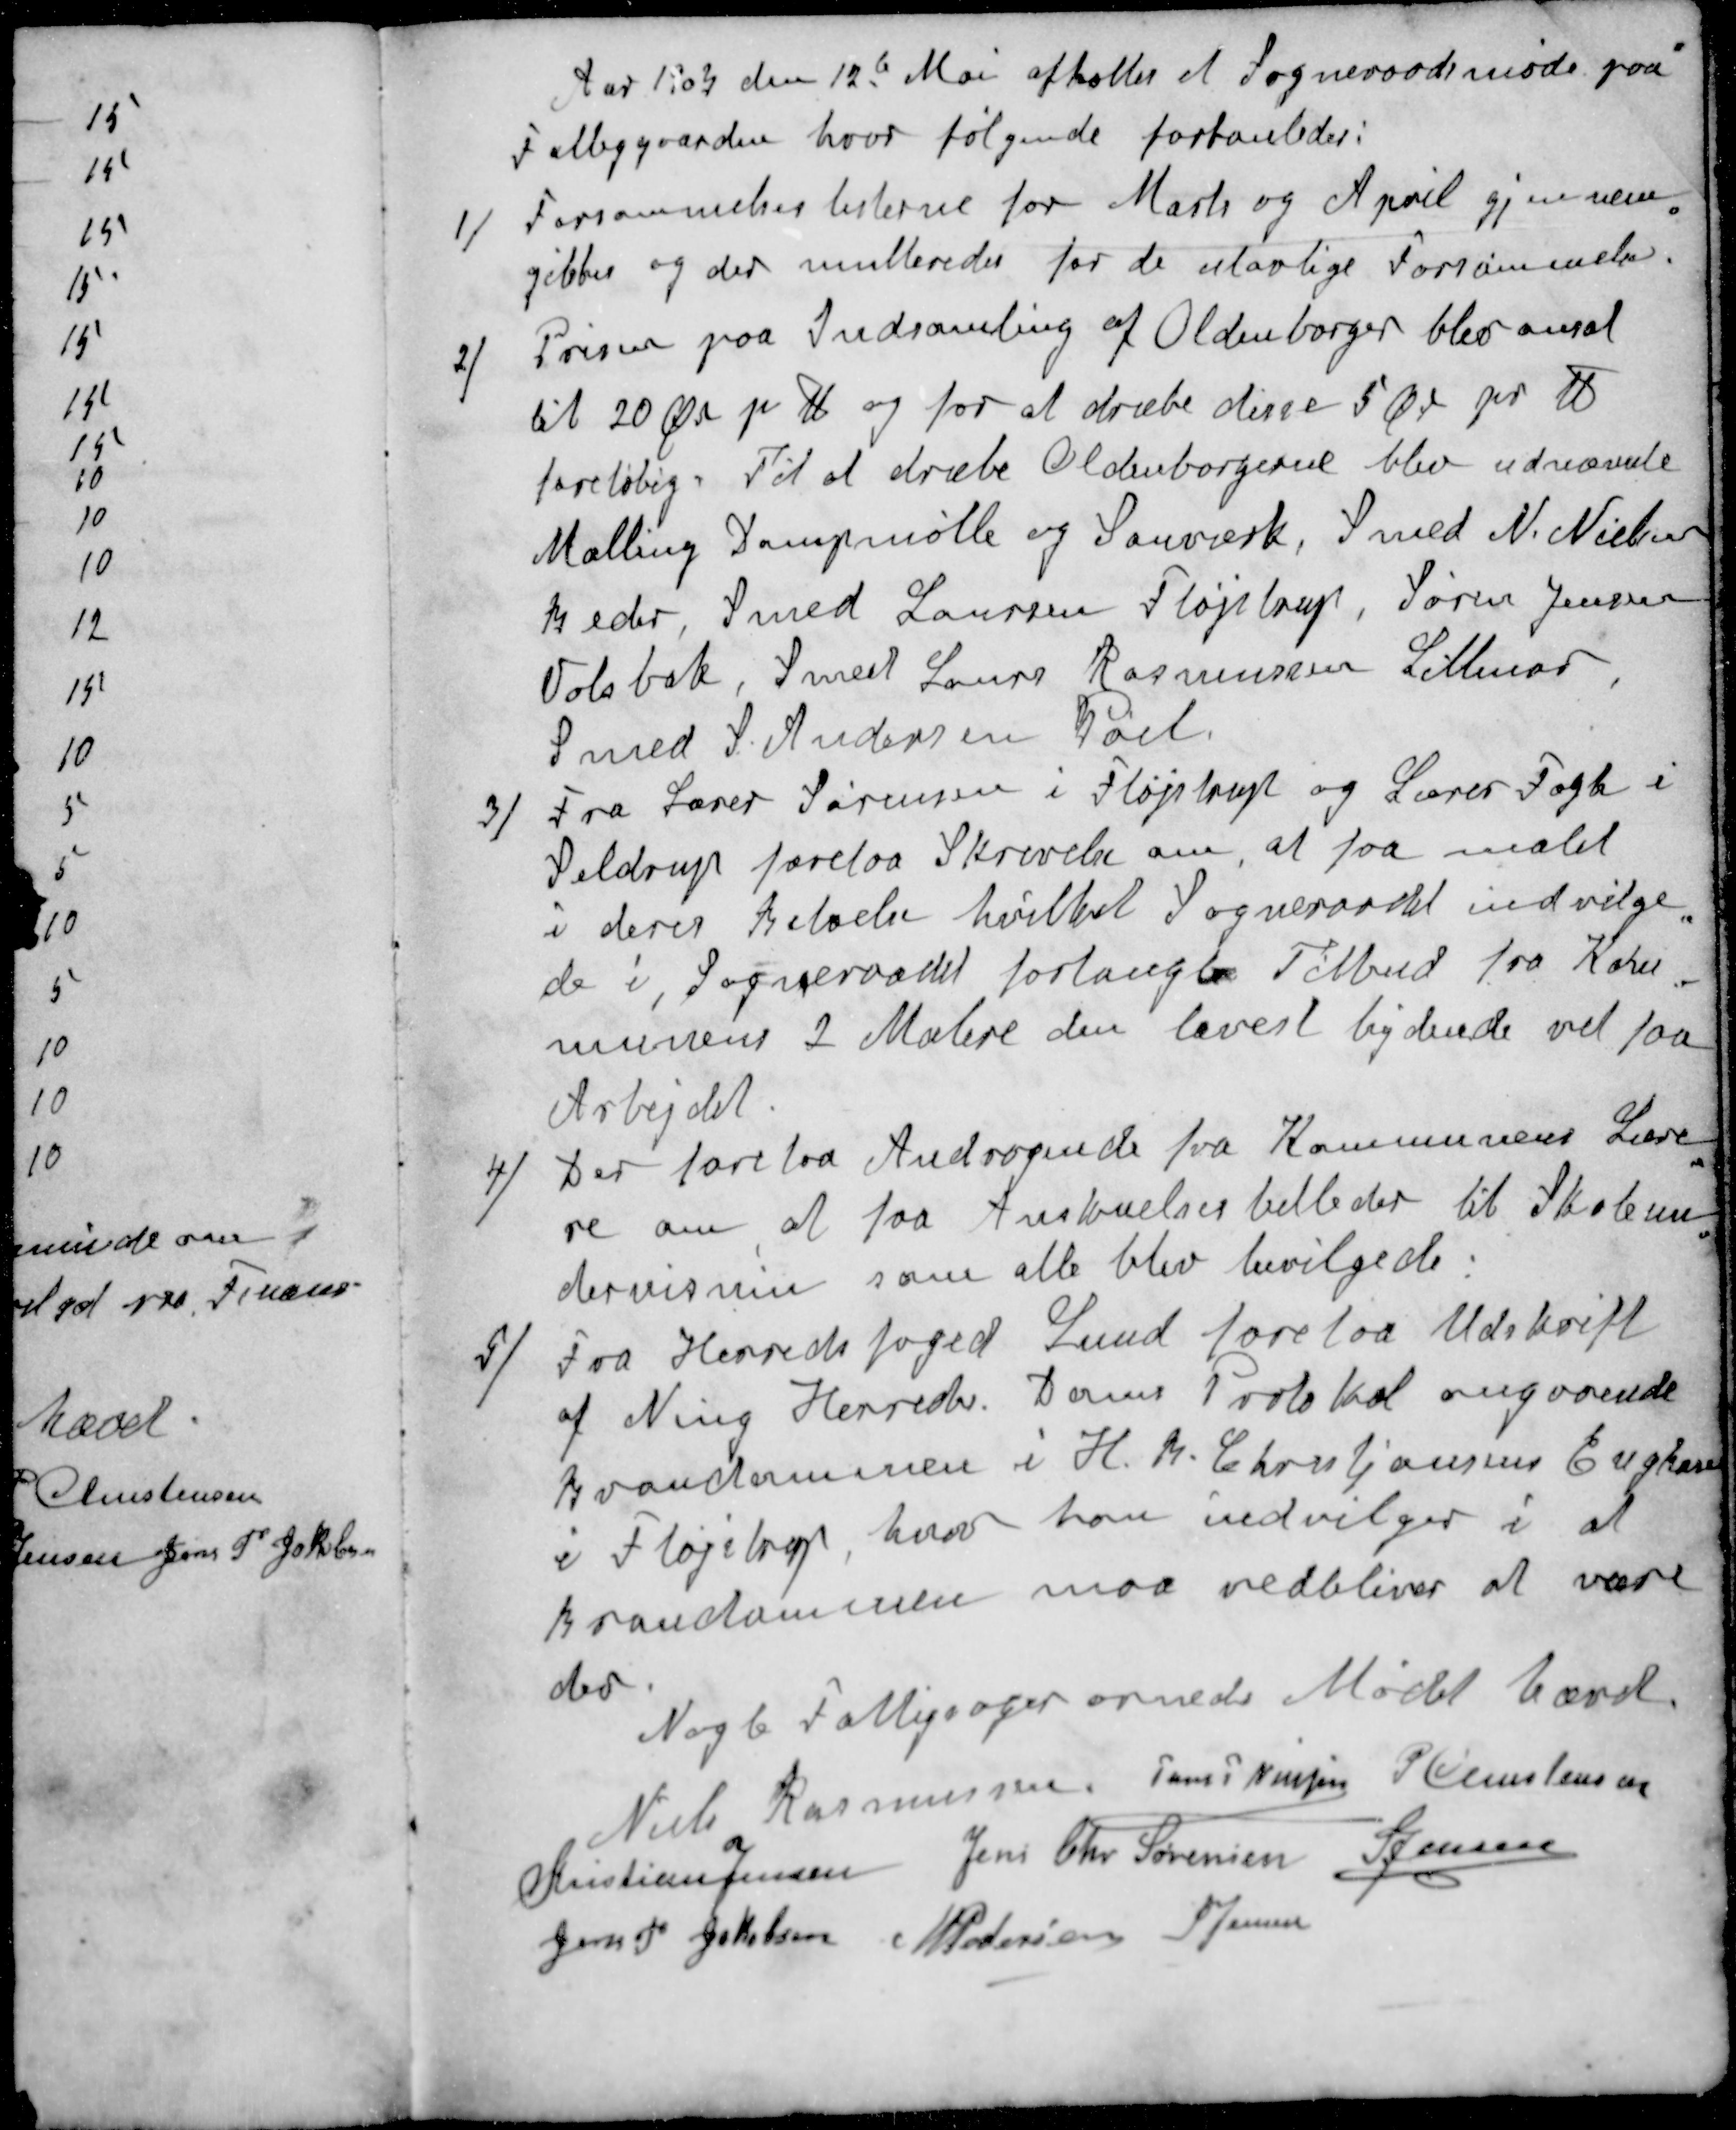
Transskription:
Aar 1903 den 12d Mai afholtes et Sogneraadsmøde paa
Fattiggaarden, hvor følgende forhanledes:
1 / Forsømmelseslisterne for Marts og April gjennem-
gikkes og der multeredes for de ulovlige Forsømmelser
2 / Prisen paa Indsamling af Oldenborger blev ansat
til 20 Øre pr lbs og for at dræbe disse 5 Øre pr Ibs
foreløbig. Til at dræbe Oldenborgerne blev udnævnte
Malling Dampmølle og Savværk, Smed N. Nielsen
Beder, Smed Laursen Fløjstrup,  Søren Jensen
Volsbæk, Smed Laurs Rasmussen Lillenor
Smed P. Andersen, Pøel
3 / Fra Lærer Sørensen i Fløjstrup og Lærer Fogh i
Seldrup forelaa Skrivelse om at faa malet
i deres Beboelse hvilket Sogneraadet indvilge-
de i, Sogneraadet forlangte Tilbud fra Kom-
munens 2 Malere den lavest bydende vil faa
Arbejdet.
4 / Der forelaa Andragende fra Kommunens Lære-
re om at faa Anskuelsesbilleder til Skoleun-
dervisning som alle blev bevilgede:
5 /  Fra Herredsfoged Lund forelaa Udskrift
af Ning Herrede Doms Protokol angaaende
Brandammen i H. R. Christiansens Enghave
i Fløjstrup, hvor han udvilger i at
Brandammen maa vedblive at være
der
Nogle Fattigsager ornede Mødet hævet
Niels Rasmussen
Jens P Nielsen
P Christensen
Kristian Jensen
Jens Chr Sørensen
S Jensen
Jens P Jakobsen
M Pedersen
S Jensen